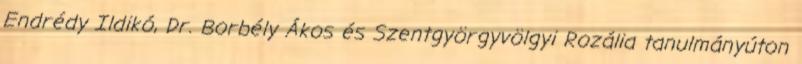
Endrédy Ildikó, Dr. Borbély Ákos és Szentgyörgyvölgyi Rozália tanulmányúton